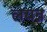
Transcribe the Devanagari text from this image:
लयन्न